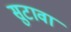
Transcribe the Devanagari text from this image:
सुटावा